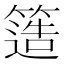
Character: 簉